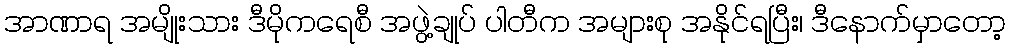
အာဏာရ အမျိုးသား ဒီမိုကရေစီ အဖွဲ့ချုပ် ပါတီက အများစု အနိုင်ရပြီး၊ ဒီနောက်မှာတော့